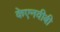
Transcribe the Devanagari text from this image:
केएनवीबी